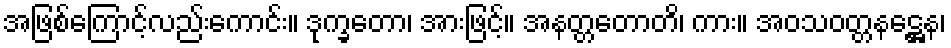
အဖြစ်ကြောင့်လည်းကောင်း။ ဒုက္ခတော၊ အားဖြင့်။ အနတ္တတောတိ၊ ကား။ အဝသဝတ္တနဋ္ဌေန၊